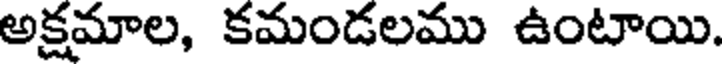
అక్షమాల, కమండలము ఉంటాయి.